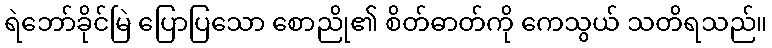
ရဲဘော်ခိုင်မြဲ ပြောပြသော စောညို၏ စိတ်ဓာတ်ကို ကေသွယ် သတိရသည်။